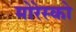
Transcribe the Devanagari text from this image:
मोरेस्को